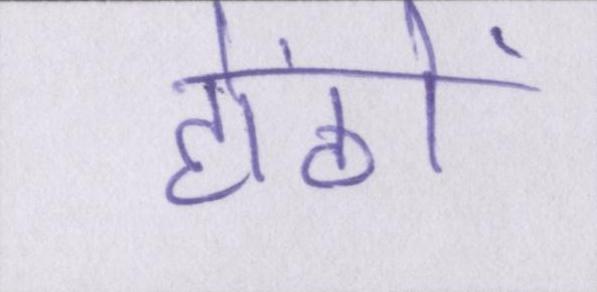
होंठों